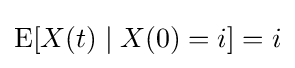
\operatorname {E} [X(t)\mid X(0)=i]=i